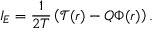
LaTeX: I _ { E } = \frac { 1 } { 2 T } \left( \mathcal { T } ( r ) - Q \Phi ( r ) \right) .